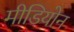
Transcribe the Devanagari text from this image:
मीडियोन